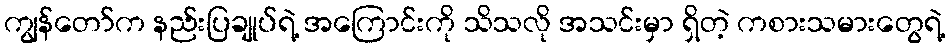
ကျွန်တော်က နည်းပြချုပ်ရဲ့ အကြောင်းကို သိသလို အသင်းမှာ ရှိတဲ့ ကစားသမားတွေရဲ့